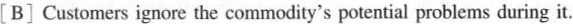
[B] Customers ignore the commodity's potential problems during it.